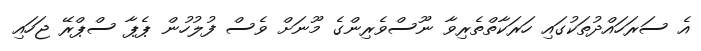
އެ ސަރަހައްދުތަކުގައި ހަރަކާތްތެރިވާ ނޫސްވެރިންގެ މޫނަށް ވެސް ފުލުހުން ޕެޕާ ސްޕްރޭ ޖަހައި